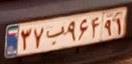
۳۷ب۹۶۴۹۱